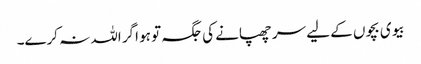
بیوی بچوں کے لیے سر چھپانے کی جگہ تو ہو اگر اللہ نہ کرے۔